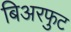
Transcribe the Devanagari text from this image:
बिअरफुट